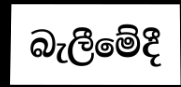
බැලීමේදී